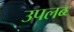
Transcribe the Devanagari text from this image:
उपलब्ध्‍